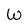
Character: W